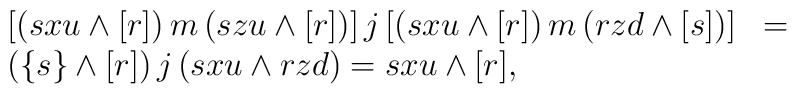
\begin{array}{lll}[(sxu \wedge [r]) \, m \, (szu \wedge [r])] \, j \,[(sxu \wedge [r]) \, m \, (rzd \wedge [s])] &  = & \\(\{s\} \wedge [r]) \, j\, (sxu \wedge rzd)   =  sxu \wedge [r], & &\end{array}